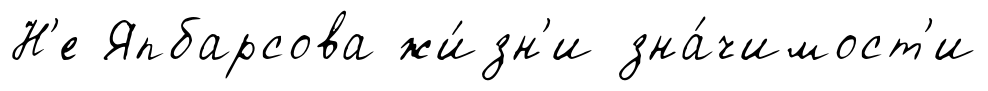
Н'е Япбарсова жи́зн'и зна́чимост'и